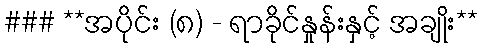
### **အပိုင်း (၈) - ရာခိုင်နှုန်းနှင့် အချိုး**